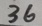
3 6